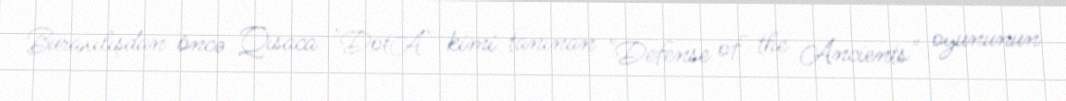
Buraxılışdan öncə Qısaca "DotA" kimi tanınan "Defense of the Ancients" oyununun